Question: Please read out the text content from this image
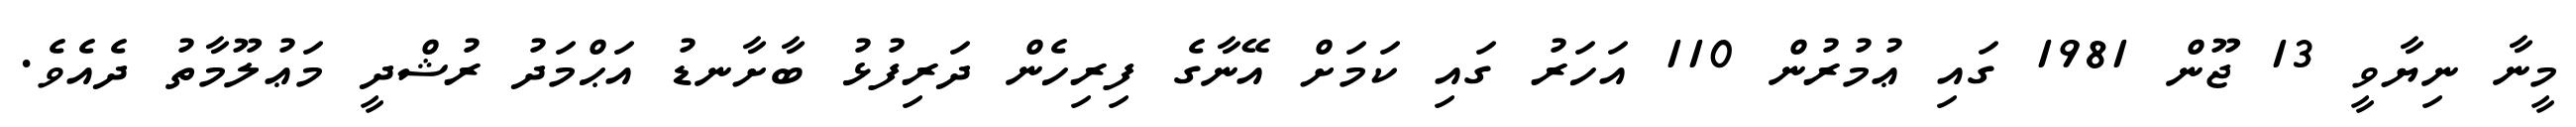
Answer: މީނާ ނިޔާވީ 13 ޖޫން 1981 ގައި ޢުމުރުން 110 އަހަރު ގައި ކަމަށް އޭނާގެ ފިރިހެން ދަރިފުޅު ބާށާނޑު އަޙްމަދު ރުޝްދީ މަޢުލޫމާތު ދެއެވެ.